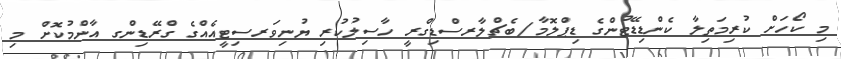
މި ކޯހަށް ކުރިމަތިލާ ކެންޑިޑޭޓުންގެ ޑިޕްލޮމާ/ބެޗްލާރސްޑިގްރީ ހާސިލުކުރި ޔުނިވަރސިޓީއެއްގެ ގްރޭޑިންގ އާންމުކޮށް މި